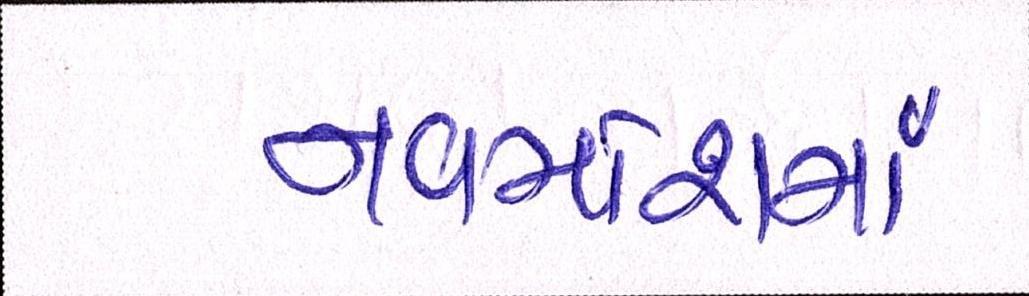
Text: નવમાંશમાં